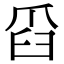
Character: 𦥝